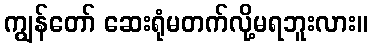
ကျွန်တော် ဆေးရုံမတက်လို့မရဘူးလား။